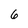
Character: 6